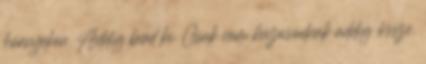
környékén. Addig bírd ki. Csak nem házasodnak addig össze.